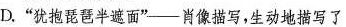
D.”犹抱琵琶半遮面”-肖像描写，生动地描写了